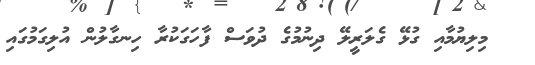
މިލިޔުމާއި ގުޅޭ ގެލަރީލޭ ދިނުމުގެ ދުވަސް ފާހަގަކުރާ ހިނގާލުން އުލިގަމުގައި